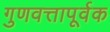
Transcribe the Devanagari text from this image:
गुणवत्तापूर्वक